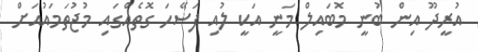
އުރީދޫ އިން ބުނީ މޮބައިލް މަނީ އަކީ ލުއި ފަސޭހަ ގޮތެއްގައި މުޖުތަމައުއަށް